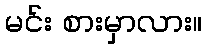
မင်း စားမှာလား။